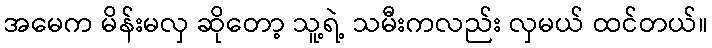
အမေက မိန်းမလှ ဆိုတော့ သူ့ရဲ့ သမီးကလည်း လှမယ် ထင်တယ်။